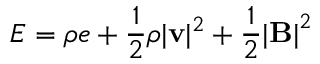
E = \rho e + \frac { 1 } { 2 } \rho | \mathbf { v } | ^ { 2 } + \frac 1 2 { | \mathbf { B } | } ^ { 2 }